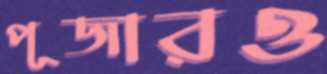
পূজারও